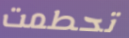
تحطمت